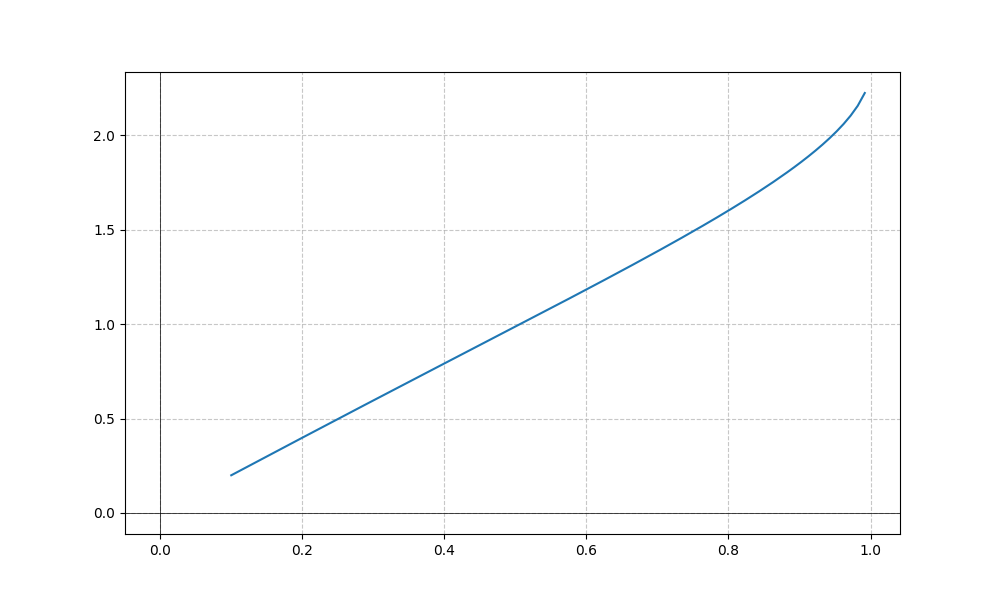
LaTeX formula: \operatorname{asin}{\left(x \right)} + \operatorname{atan}{\left(x \right)}